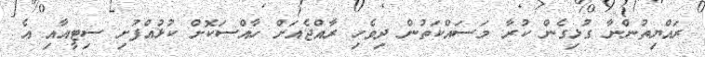
ރައްޔިތުންނާ ގުޅިގެން ކުރާ މަސައްކަތުން ދިވެހި ރާއްޖެއަށް ހާއްސަކޮށް ކުޅުއްފުށި ސިޓީއާއި އެ